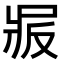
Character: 𠭝